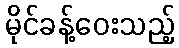
မိုင်ခန့်ဝေးသည့်